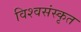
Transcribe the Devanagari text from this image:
विश्वसंस्कृत